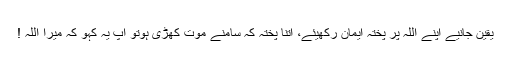
یقین جانیے اپنے اللہ پر پختہ ایمان رکھیئے، اتنا پختہ کہ سامنے موت کھڑی ہوتو آپ یہ کہو کہ میرا اللہ !